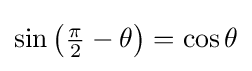
\sin \left({\tfrac {\pi }{2}}-\theta \right)=\cos \theta